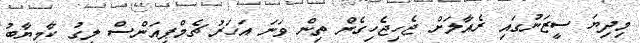
މިދިޔަ ސީޒަނުގައި ރެއާލަށް ޖެހިޖެހިގެން ތިން ވަނަ އަހަރު ޗެމްޕިއަންސް ލީގު ކާމިޔާބު